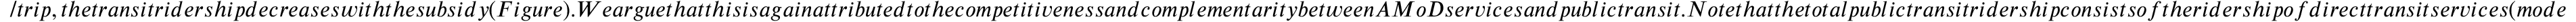
/ t r i p , t h e t r a n s i t r i d e r s h i p d e c r e a s e s w i t h t h e s u b s i d y ( F i g u r e ) . W e a r g u e t h a t t h i s i s a g a i n a t t r i b u t e d t o t h e c o m p e t i t i v e n e s s a n d c o m p l e m e n t a r i t y b e t w e e n A M o D s e r v i c e s a n d p u b l i c t r a n s i t . N o t e t h a t t h e t o t a l p u b l i c t r a n s i t r i d e r s h i p c o n s i s t s o f t h e r i d e r s h i p o f d i r e c t t r a n s i t s e r v i c e s ( m o d e